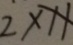
2 x 1 1